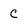
Character: C